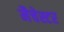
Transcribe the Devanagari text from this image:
मैचेस्टर